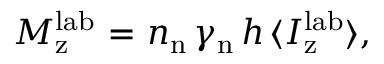
M _ { \mathrm { z } } ^ { \mathrm { l a b } } ~ { = } ~ n _ { \mathrm { n } } \, \gamma _ { \mathrm { n } } \, h \, \langle I _ { \mathrm { z } } ^ { \mathrm { l a b } } \rangle ,